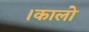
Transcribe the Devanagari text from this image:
।कालो